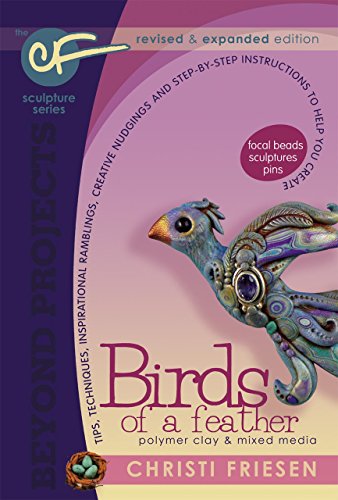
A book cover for Birds of a Feather: Revised and Expanded Polymer Clay Projects (Beyond Projects); Christi Friesen; Crafts, Hobbies & Home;